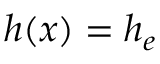
h ( x ) = h _ { e }